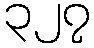
၃၂၇